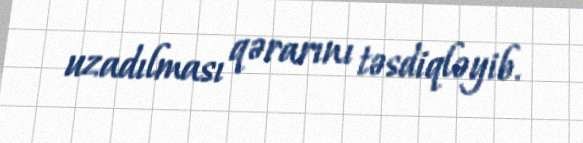
uzadılması qərarını təsdiqləyib.